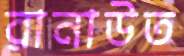
রানাউত